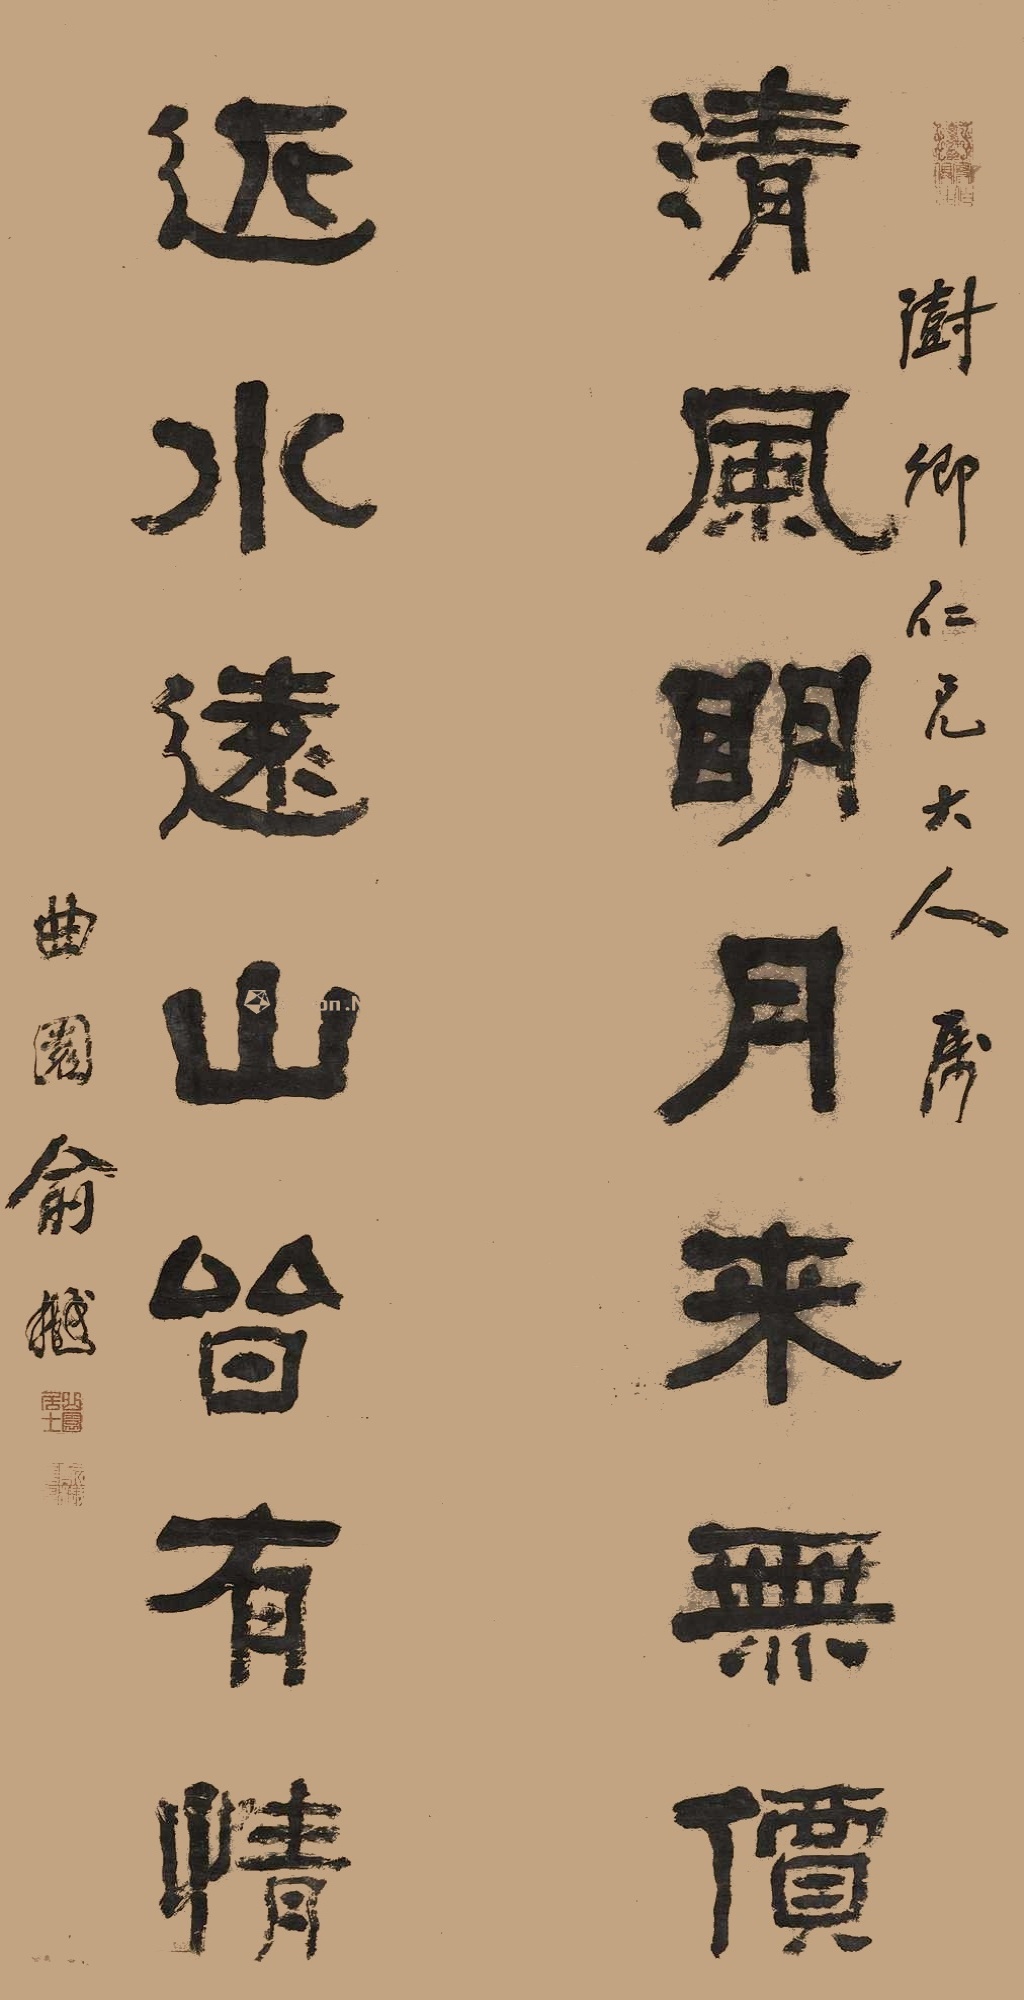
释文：清风明月来无价，近水远山习有情。澍卿仁兄大人属，曲园俞樾。